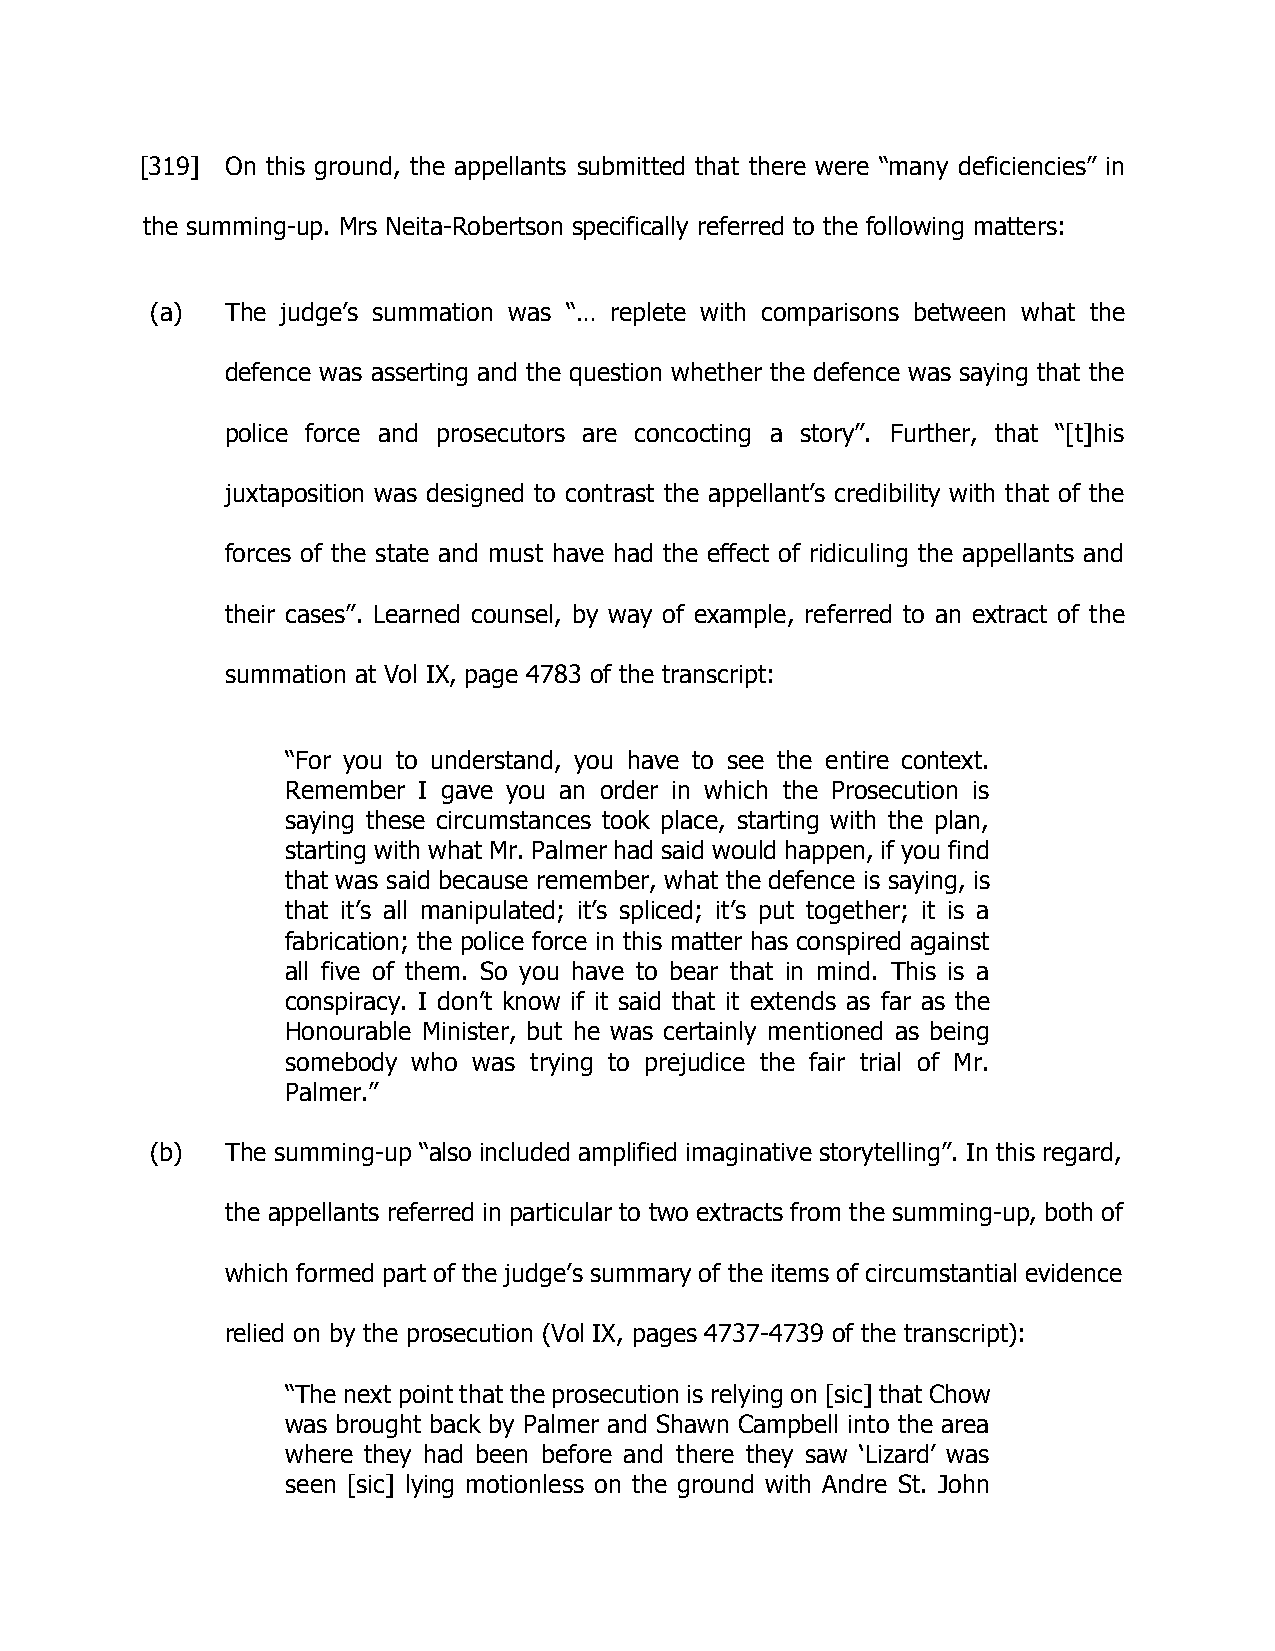
[319] On this ground, the appellants submitted that there were “many deficiencies” in
 the summing-up. Mrs Neita-Robertson specifically referred to the following matters:
 (a)  The judge’s summation was “… replete with comparisons between what the
 defence was asserting and the question whether the defence was saying that the
 police force and prosecutors are concocting a story”. Further, that “[t]his
 juxtaposition was designed to contrast the appellant’s credibility with that of the
 forces of the state and must have had the effect of ridiculing the appellants and
 their cases”. Learned counsel, by way of example, referred to an extract of the
 summation at Vol IX, page 4783 of the transcript:
 “For you to understand, you have to see the entire context.
 Remember I gave you an order in which the Prosecution is
 saying these circumstances took place, starting with the plan,
 starting with what Mr. Palmer had said would happen, if you find
 that was said because remember, what the defence is saying, is
 that it’s all manipulated; it’s spliced; it’s put together; it is a
 fabrication; the police force in this matter has conspired against
 all five of them. So you have to bear that in mind. This is a
 conspiracy. I don’t know if it said that it extends as far as the
 Honourable Minister, but he was certainly mentioned as being
 somebody who was trying to prejudice the fair trial of Mr.
 Palmer.”
 (b)  The summing-up “also included amplified imaginative storytelling”. In this regard,
 the appellants referred in particular to two extracts from the summing-up, both of
 which formed part of the judge’s summary of the items of circumstantial evidence
 relied on by the prosecution (Vol IX, pages 4737-4739 of the transcript):
 “The next point that the prosecution is relying on [sic] that Chow
 was brought back by Palmer and Shawn Campbell into the area
 where they had been before and there they saw ‘Lizard’ was
 seen [sic] lying motionless on the ground with Andre St. John